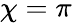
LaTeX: {\chi=\pi}